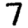
Digit: 7